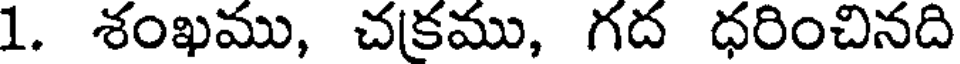
1. శంఖము, చకము, గద ధరించినది